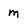
Character: m